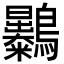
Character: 𪈚